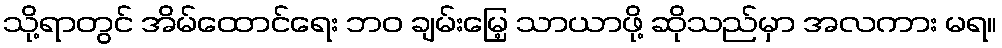
သို့ရာတွင် အိမ်ထောင်ရေး ဘဝ ချမ်းမြေ့ သာယာဖို့ ဆိုသည်မှာ အလကား မရ။